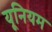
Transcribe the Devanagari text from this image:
यूनियम